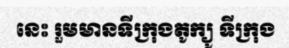
នេះ រួមមានទីក្រុងតូក្យូ ទីក្រុង